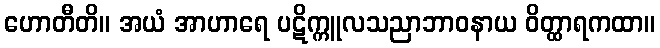
ဟောတီတိ။ အယံ အာဟာရေ ပဋိက္ကူလသညာဘာဝနာယ ဝိတ္ထာရကထာ။